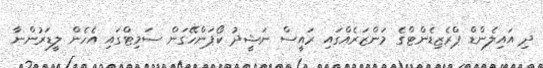
ދި އައިލެންޑް ޕްރެޒިޑެންޓްގެ މަންޒަރެއްގައި ރައީސް ނަޝީދު ކޯޕަންހޭގަން ސަމިޓްގައި އެހެން ލީޑަރުންނާ